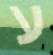
ע